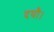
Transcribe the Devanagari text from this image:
दयौ।